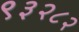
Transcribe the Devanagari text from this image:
९३२८२